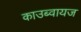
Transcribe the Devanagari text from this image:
काउब्वायज